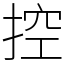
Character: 控